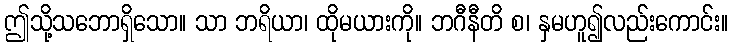
ဤသို့သဘောရှိသော။ သာ ဘရိယာ၊ ထိုမယားကို။ ဘဂီနီတိ စ၊ နှမဟူ၍လည်းကောင်း။